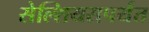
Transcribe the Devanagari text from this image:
सेल्शियसपर्यंत